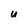
Character: U